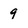
Character: 9